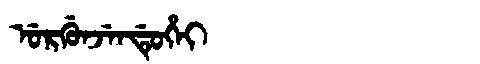
Manchu: ᡠᡵᡤᡠᠨᠵᡝᠨᡩᡠᡥᡝᡳ
Romanization: URGUNJENDUHEI